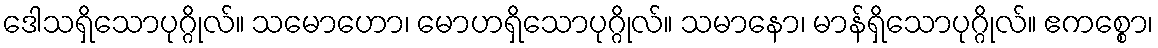
ဒေါသရှိသောပုဂ္ဂိုလ်။ သမောဟော၊ မောဟရှိသောပုဂ္ဂိုလ်။ သမာနော၊ မာန်ရှိသောပုဂ္ဂိုလ်။ ဧကစ္စော၊